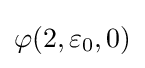
\varphi (2,\varepsilon _{0},0)